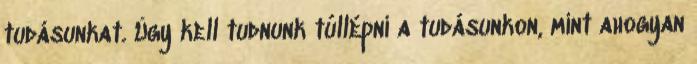
tudásunkat. Úgy kell tudnunk túllépni a tudásunkon, mint ahogyan